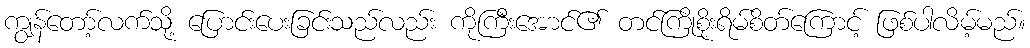
ကျွန်တော့်လက်သို့ ပြောင်းပေးခြင်းသည်လည်း ကိုကြီးအောင်၏ တင်ကြိုစိုးရိမ်စိတ်ကြောင့် ဖြစ်ပါလိမ့်မည်။